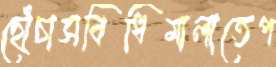
ছোঁচাসবিধিমালাতেপ